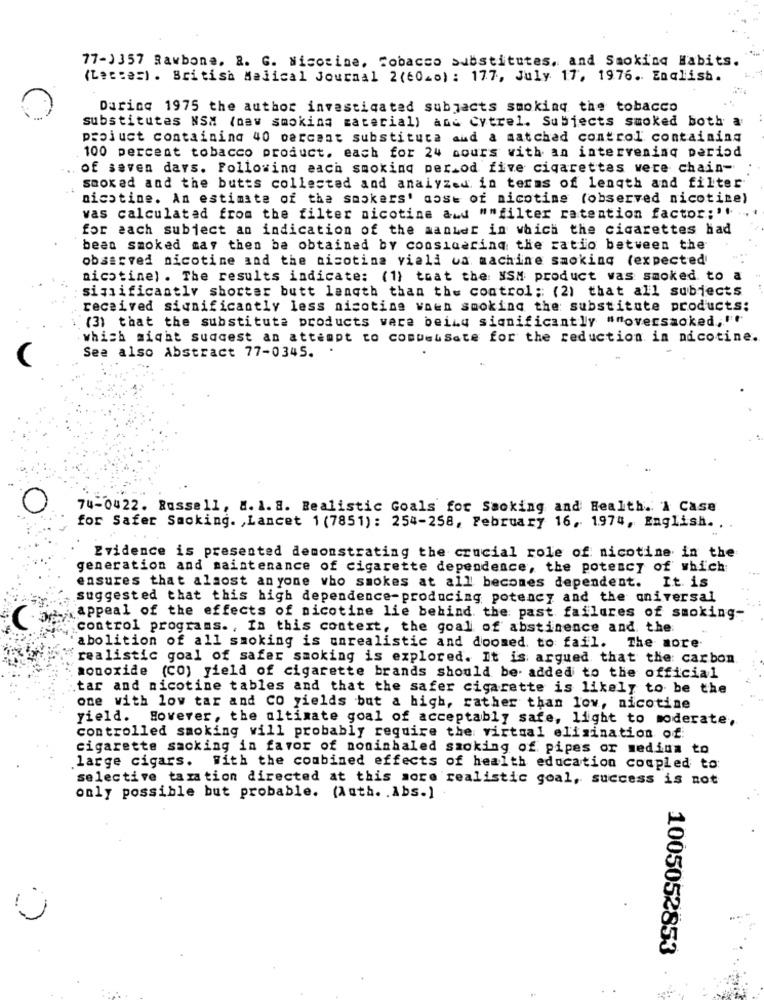
77-1357 Rawbone. R. G. Nicotine, Tobacco substitutes, and Smoking Habits.
(Leccec) . British Medical Journal 2(60-0) : 177, July 17, 1976. English.
Darice 1975 the author investigated subjects smoking the tobacco
substitutes NSM (naw smoking material) and Cytrel. Subjects smoked both a
projuct containing 40 percent substituta and a matched control containina
100 percent tobacco product. each for 24 cours with an intervening period
of seven days. Following each smoking per od five cigarettes were chain-
smoked and the butts collected and analyzed. in terms of length and filter
nicotine. An estimate of the smokers' dost of nicotine (observed nicotine)
vas calculated from the filter nicotine awd ""filter ratention factor;''
for each subject an indication of the aanker in which the cigarettes had
been smoked may then be obtained by considering the ratio between the
observed nicotine and the nicotina viali ua machine smoking (expected
nicotine) . The results indicate: (1) toat the MSM product was smoked to
significantly shorter butt lanqth than the control: (2) that all subjects
received significantly less nicotine waen smoking the substitute products:
(3) that the substitute products ware beizu significantly ""oversaoked, """
which might suacest an attempt to comwebSate for the reduction in nicotine.
See also Abstract 77-0345.
74-0422. Russell, M. l. M. Realistic Goals for Smoking and Health. A Case
for Safer Smoking. , Lancet 1 (7851): 254-258, February 16, 1974, English. .
Evidence is presented demonstrating the crucial role of nicotine in the
generation and maintenance of cigarette dependence, the potescy of which
It is
ensures that alsost anyone who smokes at all becomes dependent.
suggested that this high dependence-producing potency and the universal
2.appeal of the effects of nicotine lie behind the past failures of smoking-
"control programs. , In this context, the goal of abstinence and the
abolition of all smoking is unrealistic and doomed, to fail. The more
realistic goal of safer smoking is explored. It is argued that the: carbon
monoxide (CO) yield of cigarette brands should be added to the official
tar and nicotine tables and that the safer cigarette is likely to be the
one with low tar and CO yields but a high, rather than low, nicotine
yield. However, the ultimate goal of acceptably safe, light to moderate,
controlled smoking will probably require the virtual elimination of
cigarette sacking in favor of noninhaled smoking of pipes or medina to
.large cigars. With the combined effects of health education coupled to:
selective taxation directed at this more realistic goal, success is not
only possible but probable. (Auth. . Abs.]
1005052853